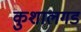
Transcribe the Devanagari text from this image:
कुशालगड